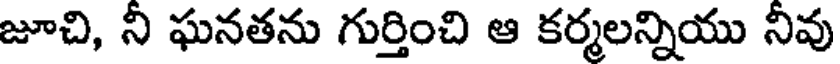
జూచి, నీ ఘనతను గుర్తించి ఆ కర్మలన్నియు నీవు